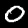
Digit: 0